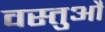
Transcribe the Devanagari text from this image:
वस्तुऔं